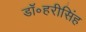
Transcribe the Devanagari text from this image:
डॉ॰हरीसिंह